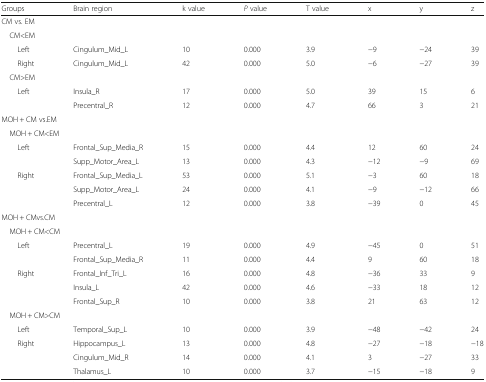
<table><thead><tr><td><b>Groups</b></td><td><b>Brain region</b></td><td><b>k value</b></td><td><b><i>P</i> value</b></td><td><b>T value</b></td><td><b>x</b></td><td><b>y</b></td><td><b>z</b></td></tr></thead><tbody><tr><td colspan="8">CM vs. EM</td></tr><tr><td colspan="8"> CM&lt;EM</td></tr><tr><td>Left</td><td>Cingulum_Mid_L</td><td>10</td><td>0.000</td><td>3.9</td><td>−9</td><td>−24</td><td>39</td></tr><tr><td>Right</td><td>Cingulum_Mid_L</td><td>42</td><td>0.000</td><td>5.0</td><td>−6</td><td>−27</td><td>39</td></tr><tr><td colspan="8"> CM&gt;EM</td></tr><tr><td rowspan="2">Left</td><td>Insula_R</td><td>17</td><td>0.000</td><td>5.0</td><td>39</td><td>15</td><td>6</td></tr><tr><td>Precentral_R</td><td>12</td><td>0.000</td><td>4.7</td><td>66</td><td>3</td><td>21</td></tr><tr><td colspan="8">MOH + CM vs.EM</td></tr><tr><td colspan="8"> MOH + CM&lt;EM</td></tr><tr><td rowspan="2">Left</td><td>Frontal_Sup_Media_R</td><td>15</td><td>0.000</td><td>4.4</td><td>12</td><td>60</td><td>24</td></tr><tr><td>Supp_Motor_Area_L</td><td>13</td><td>0.000</td><td>4.3</td><td>−12</td><td>−9</td><td>69</td></tr><tr><td rowspan="3">Right</td><td>Frontal_Sup_Media_L</td><td>53</td><td>0.000</td><td>5.1</td><td>−3</td><td>60</td><td>18</td></tr><tr><td>Supp_Motor_Area_L</td><td>24</td><td>0.000</td><td>4.1</td><td>−9</td><td>−12</td><td>66</td></tr><tr><td>Precentral_L</td><td>12</td><td>0.000</td><td>3.8</td><td>−39</td><td>0</td><td>45</td></tr><tr><td colspan="8">MOH + CMvs.CM</td></tr><tr><td colspan="8"> MOH + CM&lt;CM</td></tr><tr><td rowspan="2">Left</td><td>Precentral_L</td><td>19</td><td>0.000</td><td>4.9</td><td>−45</td><td>0</td><td>51</td></tr><tr><td>Frontal_Sup_Media_R</td><td>11</td><td>0.000</td><td>4.4</td><td>9</td><td>60</td><td>18</td></tr><tr><td rowspan="3">Right</td><td>Frontal_Inf_Tri_L</td><td>16</td><td>0.000</td><td>4.8</td><td>−36</td><td>33</td><td>9</td></tr><tr><td>Insula_L</td><td>42</td><td>0.000</td><td>4.6</td><td>−33</td><td>18</td><td>12</td></tr><tr><td>Frontal_Sup_R</td><td>10</td><td>0.000</td><td>3.8</td><td>21</td><td>63</td><td>12</td></tr><tr><td colspan="8"> MOH + CM&gt;CM</td></tr><tr><td>Left</td><td>Temporal_Sup_L</td><td>10</td><td>0.000</td><td>3.9</td><td>−48</td><td>−42</td><td>24</td></tr><tr><td rowspan="3">Right</td><td>Hippocampus_L</td><td>13</td><td>0.000</td><td>4.8</td><td>−27</td><td>−18</td><td>−18</td></tr><tr><td>Cingulum_Mid_R</td><td>14</td><td>0.000</td><td>4.1</td><td>3</td><td>−27</td><td>33</td></tr><tr><td>Thalamus_L</td><td>10</td><td>0.000</td><td>3.7</td><td>−15</td><td>−18</td><td>9</td></tr></tbody></table>